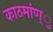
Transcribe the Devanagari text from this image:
काठमांण्ु